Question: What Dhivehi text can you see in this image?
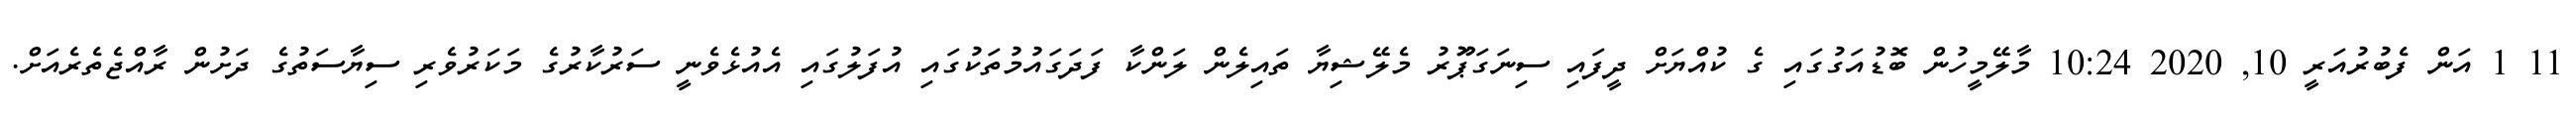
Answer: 11 1 އަން ފެބުރުއަރީ 10, 2020 10:24 މާލޭމީހުން ބޮޑުއަގުގައި ގެ ކުއްޔަށް ދީފައި ސިނަގަޕަޫރު މެލޭޝިޔާ ތައިލެން ލަންކާ ފަދަގައުމުތަކުގައި އުފަލުގައި އެއުޅެވެނީ ސަރުކާރުގެ މަކަރުވެރި ސިޔާސަތުގެ ދަށުން ރާއްޖެތެރެއަށް.